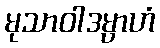
မုသာဝါဒမ္ပာဟံ